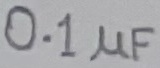
Text: 0.1µF